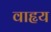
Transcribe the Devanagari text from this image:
वाहृय